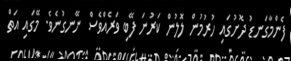
ފެންމާގަނޑު ދޮށުގައި ހުރުމުން ލޮލުން ކަރުނަ ފޭބި ވަރެއްވެސް ނޭނގުނެވެ. މޭގައި އަތް